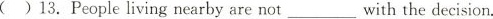
( ) 13. People living nearby are not ___ with the decision.